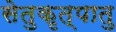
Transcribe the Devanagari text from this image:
सेतुकृत्पातु